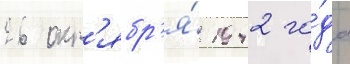
26 окт'ябр'я́ 1942 го́да